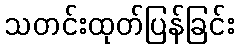
သတင်းထုတ်ပြန်ခြင်း